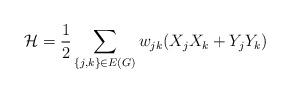
LaTeX: \begin{align*}\mathcal{H}=\frac12\sum_{\{j,k\}\in E(G)} w_{jk}(X_jX_k+Y_jY_k)\end{align*}